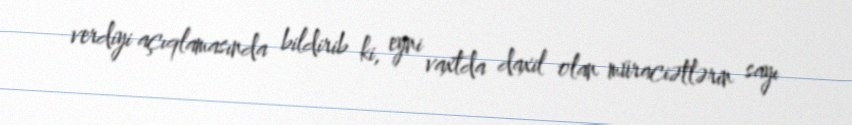
verdiyi açıqlamasında bildirib ki, eyni vaxtda daxil olan müraciətlərin sayı